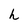
Character: h